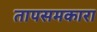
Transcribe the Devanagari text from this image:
तापसमकारा